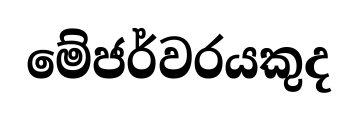
මේජර්වරයකුද